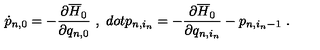
\dot { p } _ { n , 0 } = - \frac { \partial \overline { { H } } _ { 0 } } { \partial q _ { n , 0 } } \ , \ d o t { p } _ { n , i _ { n } } = - \frac { \partial \overline { { H } } _ { 0 } } { \partial q _ { n , i _ { n } } } - p _ { n , i _ { n } - 1 } \ .